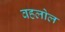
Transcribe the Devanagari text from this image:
वहलोल